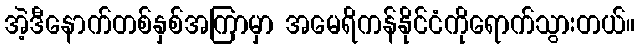
အဲ့ဒီနောက်တစ်နှစ်အကြာမှာ အမေရိကန်နိုင်ငံကိုရောက်သွားတယ်။